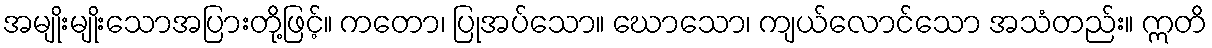
အမျိုးမျိုးသောအပြားတို့ဖြင့်။ ကတော၊ ပြုအပ်သော။ ဃောသော၊ ကျယ်လောင်သော အသံတည်း။ ဣတိ